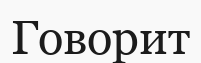
Говорит